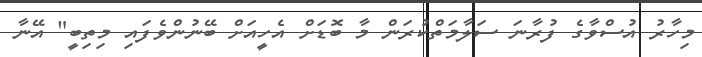
މިހާރު އުސްވާގެ ފުރާނަ ސަލާމަތްކުރަން މާ ބޮޑަށް އެހީއަށް ބޭނުންވެފައި މިތިބީ" އޭނާ